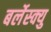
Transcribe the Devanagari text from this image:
बर्लेस्क्यु